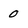
Character: 0